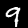
Digit: 9